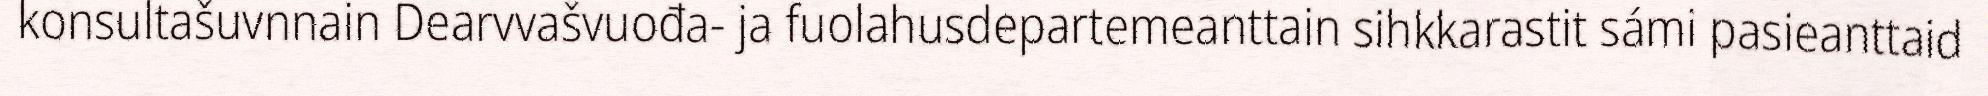
konsultašuvnnain Dearvvašvuođa- ja fuolahusdepartemeanttain sihkkarastit sámi pasieanttaid